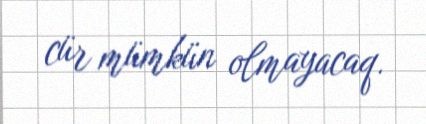
cür mümkün olmayacaq.